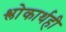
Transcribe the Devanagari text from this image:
श्लोकार्थही